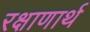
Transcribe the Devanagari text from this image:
रक्षाणार्थ